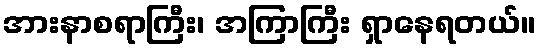
အားနာစရာကြီး၊ အကြာကြီး ရှာနေရတယ်။